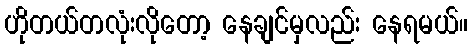
ဟိုတယ်တလုံးလိုတော့ နေချင်မှလည်း နေရမယ်။